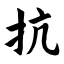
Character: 抗